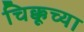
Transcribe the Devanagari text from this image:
चिक्कूच्या